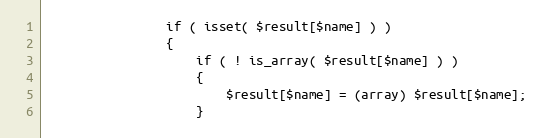
Language: PHP
                if ( isset( $result[$name] ) )
                {
                    if ( ! is_array( $result[$name] ) )
                    {
                        $result[$name] = (array) $result[$name];
                    }